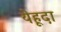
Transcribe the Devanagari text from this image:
येहूदा